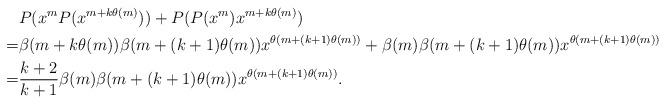
LaTeX: \begin{align*}&P(x^mP(x^{m+k\theta(m)}))+P(P(x^m)x^{m+k\theta(m)})\\=&\beta(m+k\theta(m))\beta(m+(k+1)\theta(m))x^{\theta(m+(k+1)\theta(m))}+\beta(m)\beta(m+(k+1)\theta(m))x^{\theta(m+(k+1)\theta(m))}\\=&\frac{k+2}{k+1}\beta(m)\beta(m+(k+1)\theta(m))x^{\theta(m+(k+1)\theta(m))}.\end{align*}